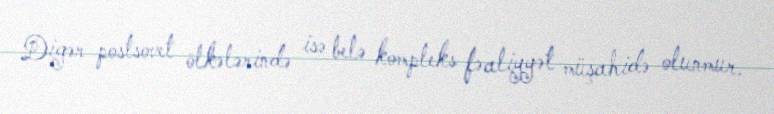
Digər postsovet ölkələrində isə belə kompleks fəaliyyət müşahidə olunmur.